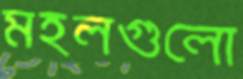
মহলগুলো